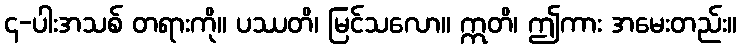
၄-ပါးအသစ် တရားကို။ ပဿတိ၊ မြင်သလော။ ဣတိ၊ ဤကား အမေးတည်း။